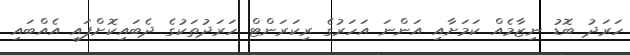
ހަރަދު ބޮޑު ނިޒާމެއް ކަމަށާއި އަންނަ އަހަރުގެ ރިކަރަންޓް ހަރަދުތަކުގެ ދެބައިކޮށްފައި އެއްބައި